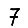
Digit: 7